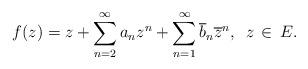
LaTeX: \begin{align*} f(z) = z+ \sum _{n=2}^{\infty} a_nz^n + \sum _{n=1}^{\infty}\overline{ b}{_n}\overline{z}^n,\,\,\,z\,\in\, E.\end{align*}